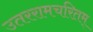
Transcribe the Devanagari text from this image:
उतररामचरितम्‌